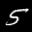
Label: 5